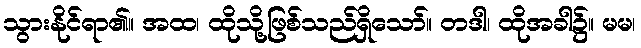
သွားနိုင်ရာ၏။ အထ၊ ထိုသို့ဖြစ်သည်ရှိသော်။ တဒါ၊ ထိုအခါ၌။ မမ၊